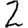
Digit: 2